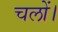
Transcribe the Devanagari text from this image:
चलों।